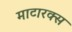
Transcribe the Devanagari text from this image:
माटारक्स